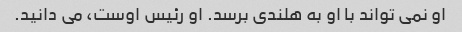
او نمی تواند با او به هلندی برسد. او رئیس اوست، می دانید.